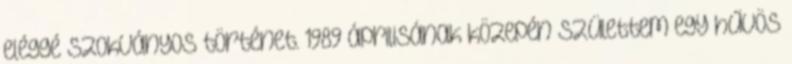
eléggé szokványos történet. 1989 áprilisának közepén születtem egy hűvös